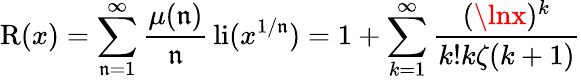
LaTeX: \operatorname{R}(x)=\sum_{\mathfrak{n}=1}^{\infty}{\frac{{\mu(\mathfrak{n})}}{{\mathfrak{n}}}}\operatorname{li}(x^{1/\mathfrak{n}})=1+\sum_{k=1}^{\infty}{\frac{{(\lnx)^{k}}}{{k!k\zeta(k+1)}}}